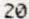
20